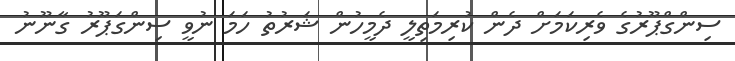
ސިންގްޕޫރުގެ ވެރިކަމަށް ދެން ކުރިމަތިލީ ދެމީހުން ޝަރުތު ހަމަ ނުވީ ސިންގަޕޫރު ގާނޫނު